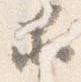
等